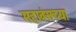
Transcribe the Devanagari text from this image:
महावंसच्या